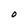
Character: o